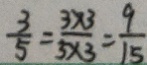
\frac { 3 } { 5 } = \frac { 3 \times 3 } { 5 \times 3 } = \frac { 9 } { 1 5 }